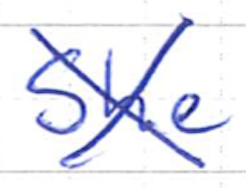
Text: She
Cross-out: cross
Writing tool: ballpoint